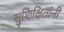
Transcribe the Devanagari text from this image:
सुशिक्षितांनी